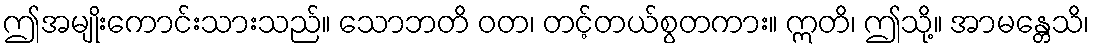
ဤအမျိုးကောင်းသားသည်။ သောဘတိ ဝတ၊ တင့်တယ်စွတကား။ ဣတိ၊ ဤသို့။ အာမန္တေသိ၊